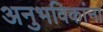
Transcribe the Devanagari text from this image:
अनुभविकांना